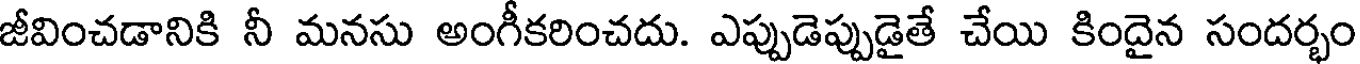
జీవించడానికి నీ మనసు అంగీకరించదు. ఎప్పుడెప్పుడైతే చేయి కిందైన సందర్భం